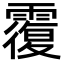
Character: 䨱